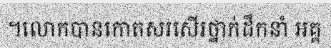
។លោកបានកោតសរសើរថ្នាក់ដឹកនាំ អគ្គ